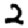
Digit: 2